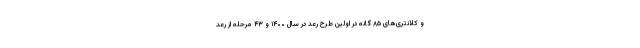
و کلانتری‌های ۸۵ گانه در اولین طرح رعد در سال ۱۴۰۰ و ۴۳ مرحله از رعد